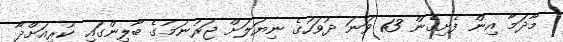
މާދަމާ އިން ފެށިގެން 13 ވަނަ ދުވަހުގެ ނިޔަލަށް ޖަރުނަމުގެ ބާލިންގައި ކުރިއަށްދާ